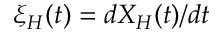
\xi _ { H } ( t ) = d X _ { H } ( t ) / d t